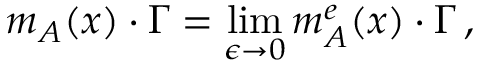
m _ { A } ( x ) \cdot \Gamma = \operatorname * { l i m } _ { \epsilon \to 0 } m _ { A } ^ { e } ( x ) \cdot \Gamma \, ,